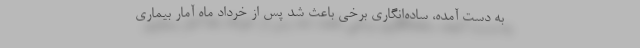
به دست آمده، ساده‌انگاری برخی باعث شد پس از خرداد ماه آمار بیماری